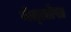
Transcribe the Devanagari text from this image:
नेत्त्लेस